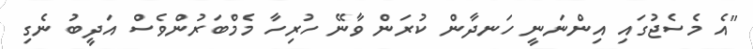
"އެ މެސެޖުގައި އިންނަނީ ހަނދާން ކުރަން ވާނޭ ހުރިހާ މެމްބަރުންވެސް އަދީބު ނެގި